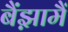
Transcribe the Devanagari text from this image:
बैंझ़ामैं